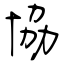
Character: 協